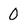
Character: 0